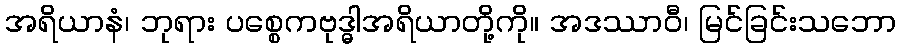
အရိယာနံ၊ ဘုရား ပစ္စေကဗုဒ္ဓါအရိယာတို့ကို။ အဒဿာဝီ၊ မြင်ခြင်းသဘော